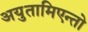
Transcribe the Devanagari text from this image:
अयुतामिएन्तो